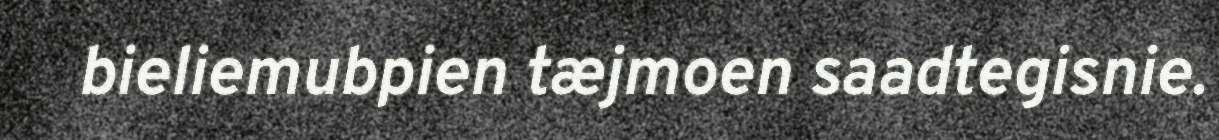
bieliemubpien tæjmoen saadtegisnie.